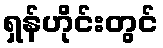
ရှန်ဟိုင်းတွင်